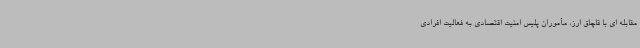
مقابله ای با قاچاق ارز، مأموران پلیس امنیت اقتصادی به فعالیت افرادی